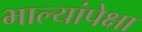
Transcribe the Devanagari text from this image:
भाल्यांपेक्षा